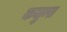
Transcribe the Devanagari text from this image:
कजुन्स